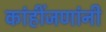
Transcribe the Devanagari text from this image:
कांहींजणांनी